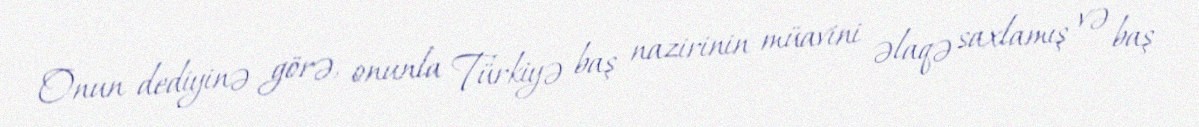
Onun dediyinə görə, onunla Türkiyə baş nazirinin müavini əlaqə saxlamış və baş